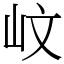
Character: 㞶